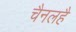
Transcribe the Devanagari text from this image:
चैनलहै